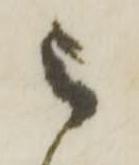
被